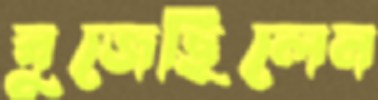
বুজেছিলেন